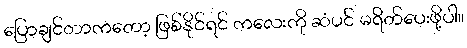
ပြောချင်တာကတော့ ဖြစ်နိုင်ရင် ကလေးကို ဆံပင် မရိတ်ပေးဖို့ပါ။